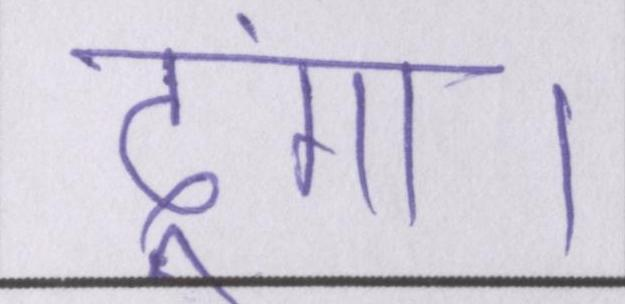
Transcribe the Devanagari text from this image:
दूंगा।